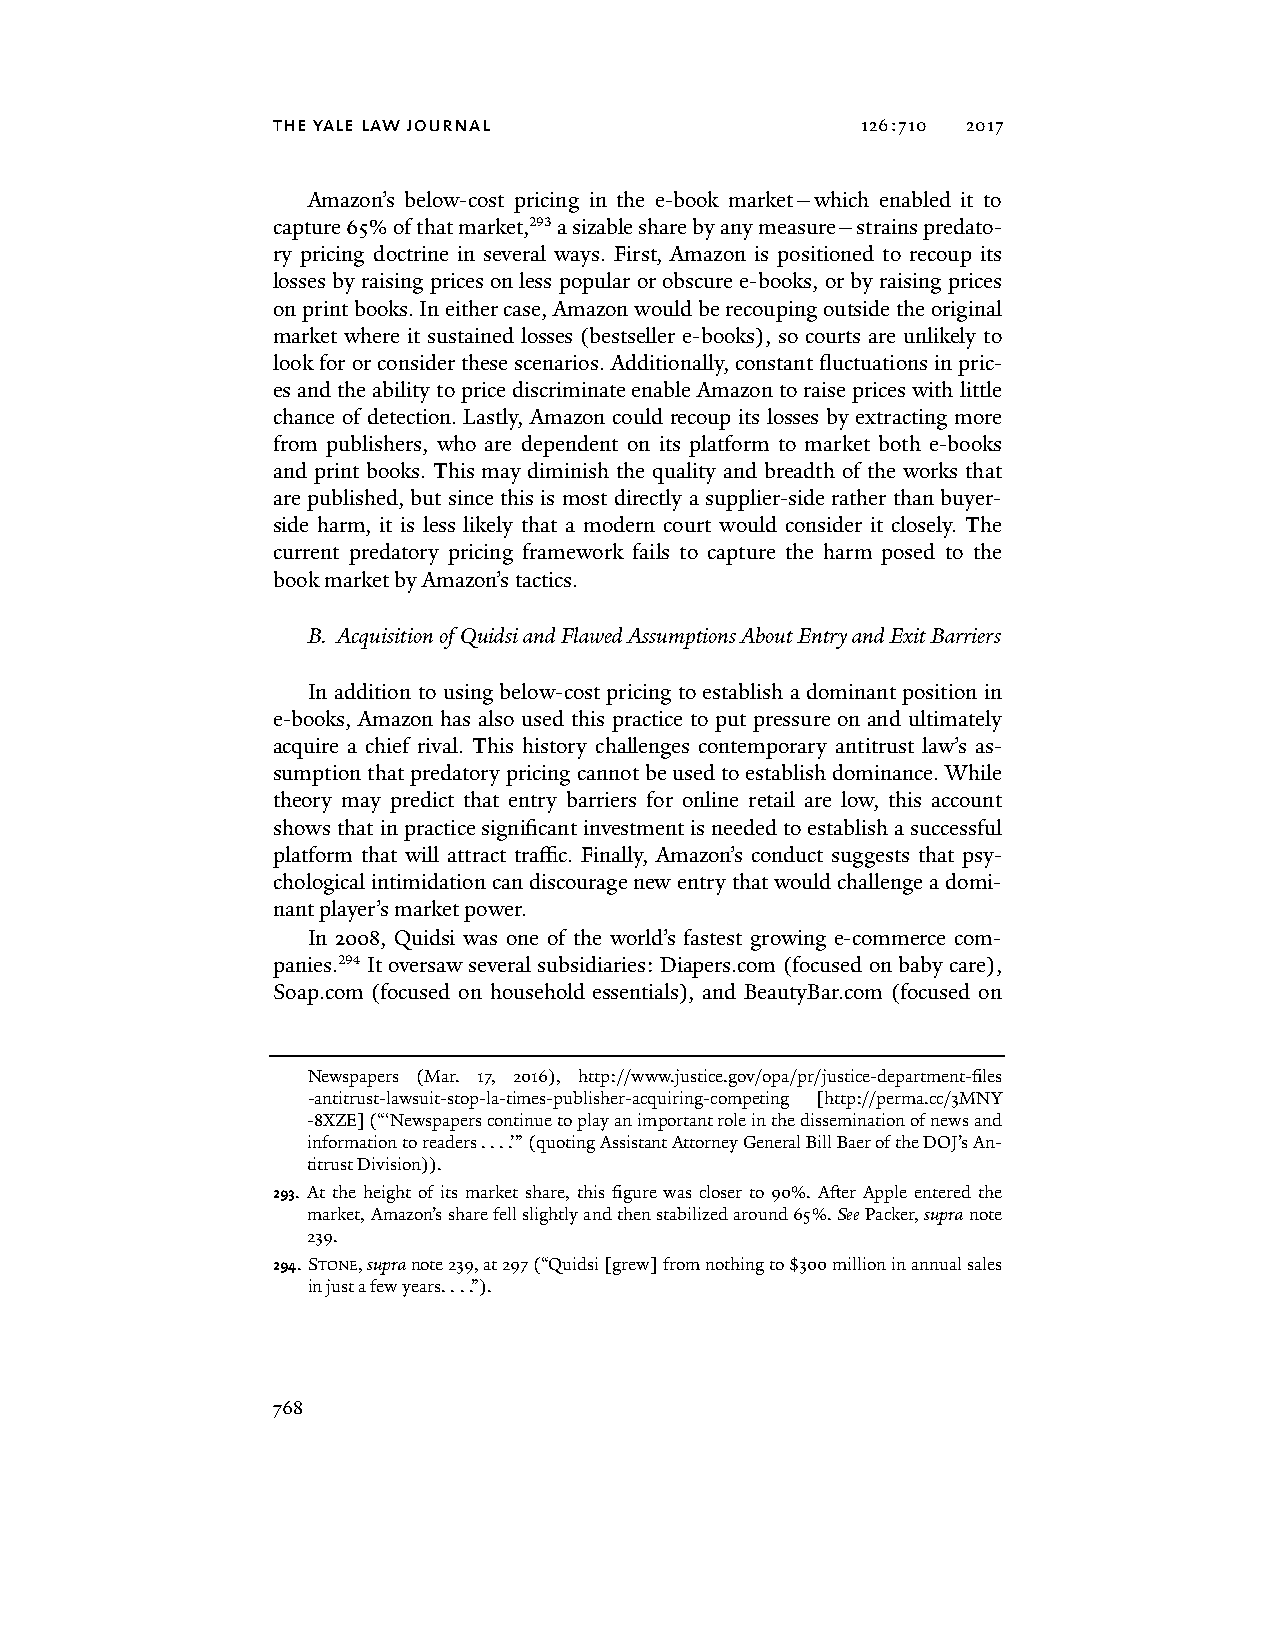
the yale law journal                   126:710 2017
 Amazon’s below-cost pricing in the e-book market—which enabled it to
 capture 65% of that market,293 a sizable share by any measure—strains predato-
 ry pricing doctrine in several ways. First, Amazon is positioned to recoup its
 losses by raising prices on less popular or obscure e-books, or by raising prices
 on print books. In either case, Amazon would be recouping outside the original
 market where it sustained losses (bestseller e-books), so courts are unlikely to
 look for or consider these scenarios. Additionally, constant fluctuations in pric-
 es and the ability to price discriminate enable Amazon to raise prices with little
 chance of detection. Lastly, Amazon could recoup its losses by extracting more
 from publishers, who are dependent on its platform to market both e-books
 and print books. This may diminish the quality and breadth of the works that
 are published, but since this is most directly a supplier-side rather than buyer-
 side harm, it is less likely that a modern court would consider it closely. The
 current predatory pricing framework fails to capture the harm posed to the
 book market by Amazon’s tactics.
 B. Acquisition of Quidsi and Flawed Assumptions About Entry and Exit Barriers
 In addition to using below-cost pricing to establish a dominant position in
 e-books, Amazon has also used this practice to put pressure on and ultimately
 acquire a chief rival. This history challenges contemporary antitrust law’s as-
 sumption that predatory pricing cannot be used to establish dominance. While
 theory may predict that entry barriers for online retail are low, this account
 shows that in practice significant investment is needed to establish a successful
 platform that will attract traffic. Finally, Amazon’s conduct suggests that psy-
 chological intimidation can discourage new entry that would challenge a domi-
 nant player’s market power.
 In 2008, Quidsi was one of the world’s fastest growing e-commerce com-
 panies.294 It oversaw several subsidiaries: Diapers.com (focused on baby care),
 Soap.com (focused on household essentials), and BeautyBar.com (focused on
 Newspapers (Mar. 17, 2016), http://www.justice.gov/opa/pr/justice-department-files
 -antitrust-lawsuit-stop-la-times-publisher-acquiring-competing [http://perma.cc/3MNY
 -8XZE] (“‘Newspapers continue to play an important role in the dissemination of news and
 information to readers . . . .’” (quoting Assistant Attorney General Bill Baer of the DOJ’s An-
 titrust Division)).
 293. At the height of its market share, this figure was closer to 90%. After Apple entered the
 market, Amazon’s share fell slightly and then stabilized around 65%. See Packer, supra note
 239.
 294. STONE, supra note 239, at 297 (“Quidsi [grew] from nothing to $300 million in annual sales
 in just a few years. . . .”).
 768